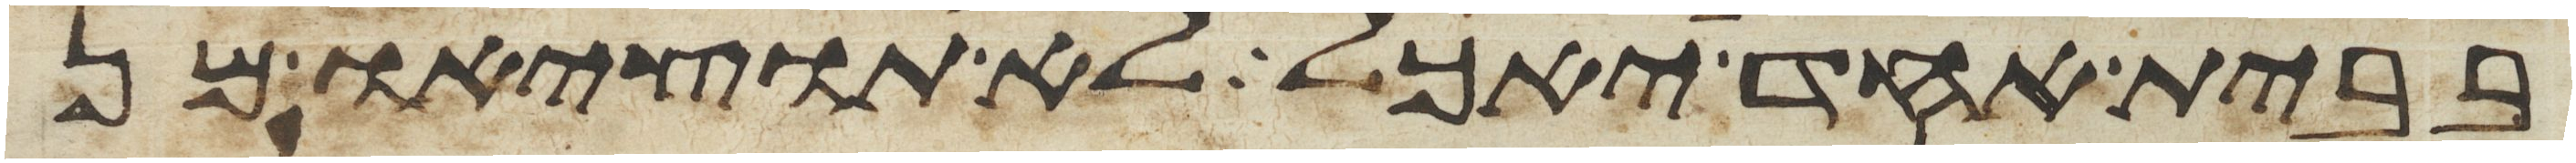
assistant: בבית אחד יאכל לא תוציאו מן